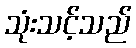
သုံးသင့်သည်